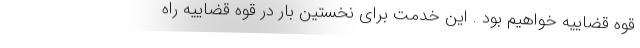
قوه قضاییه خواهیم بود . این خدمت برای نخستین بار در قوه قضاییه راه